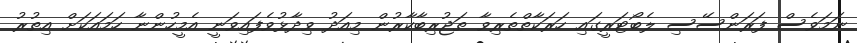
ނަމަވެސް ފަރަންސޭސި ލެބޯޓަރީގައި ހަރަކާތްތެރިވާ ތަޖުރިބާކާރުން މިއަދު ވިދާޅުވެފައިވަނީ އެމީހުންނާ ހަމައަކަށް އިތުރު